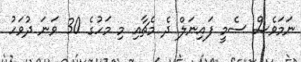
ނަމަވެސް ސެމީ ފައިނަލް ދެ މެޗާއި މި މަހުގެ 30 ވަނަ ދުވަހު